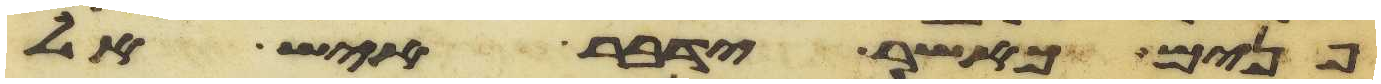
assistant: פנים כאשר ידבר איש אל